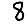
Digit: 8